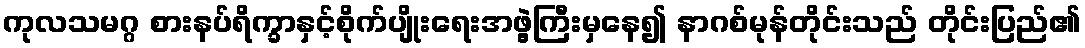
ကုလသမဂ္ဂ စားနပ်ရိက္ခာနှင့်စိုက်ပျိုးရေးအဖွဲ့ကြီးမှနေ၍ နာဂစ်မုန်တိုင်းသည် တိုင်းပြည်၏